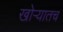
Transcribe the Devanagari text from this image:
खोऱ्यातच